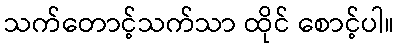
သက်တောင့်သက်သာ ထိုင် စောင့်ပါ။